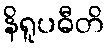
နိရူပဓီတိ